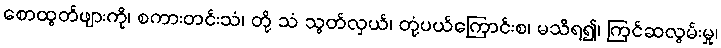
စောထွတ်ဖျားကို၊ စကားတင်းသံ၊ တို့ သံ သွတ်လှယ်၊ တုံ့ပယ်ကြောင်းစ၊ မသိရ၍၊ ကြင်ဆလွမ်းမှု၊